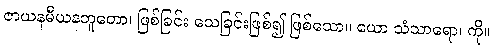
ဇာယနမီယနဘူတော၊ ဖြစ်ခြင်း သေခြင်းဖြစ်၍ ဖြစ်သော။ ယော သံသာရော၊ ကို။